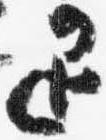
退